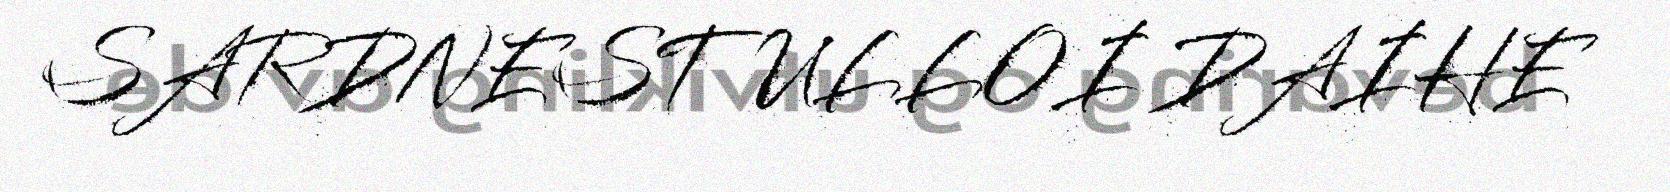
SARDNESTULLOI DAIHE